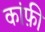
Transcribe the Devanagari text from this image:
कांफ़ी